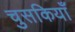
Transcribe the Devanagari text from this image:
चुसकियाँ